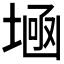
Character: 𡎕